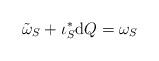
LaTeX: \begin{align*}\tilde{\omega}_{S}+\iota_{S}^{\ast}\mathrm{d}Q=\omega_{S}\end{align*}